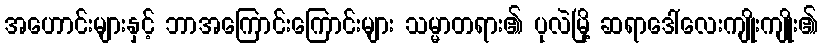
အဟောင်းများနှင့် ဘာအကြောင်းကြောင်းများ သမ္မာတရား၏ ပုလဲမြို့ ဆရာဒေါ်လေးကျိုးကျိုး၏